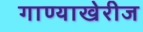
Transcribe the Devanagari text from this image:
गाण्याखेरीज